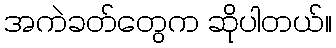
အကဲခတ်တွေက ဆိုပါတယ်။